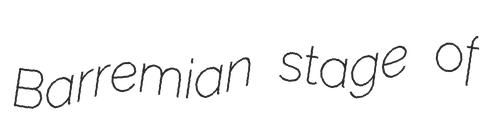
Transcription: Barremian stage of